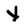
Character: X